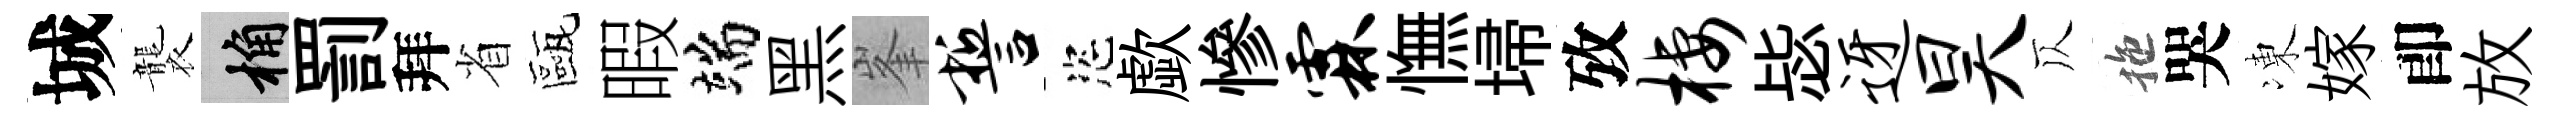
城襲桷罰拜省甌暇端黑峯誓恣歔慘霖憮埽攷栖毖迓昊仄拖哭凍嫁卽放